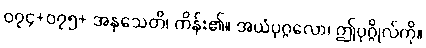
၀၇၄+၀၇၅+ အနုသေတိ၊ ကိန်း၏။ အယံပုဂ္ဂလော၊ ဤပုဂ္ဂိုလ်ကို။